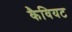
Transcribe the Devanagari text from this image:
कैवियट